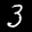
Label: 3